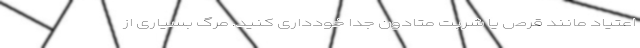
اعتیاد مانند قرص یا شربت متادون جداً خودداری کنید. مرگ بسیاری از